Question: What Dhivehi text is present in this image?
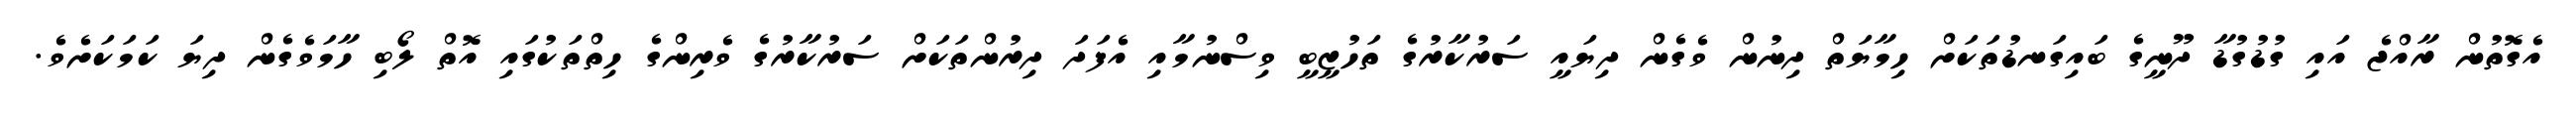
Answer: އެގޮތުން ރާއްޖެ އައި ގުޑުގުޑާ ދޫނީގެ ބައިގަނޑުތަކަށް ހިމާޔަތް ދިނުން ވެގެން ދިޔައީ ސަރުކާރުގެ ތަހުޒީބީ ވިސްނުމާއި އެފަދަ ދިރުންތަކަށް ސަރުކާރުގެ ވެރިންގެ ހިތްތަކުގައި އޮތް ލޯބި ހާމަވެގެން ދިޔަ ކަމަކަށެވެ.